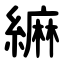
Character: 䌕